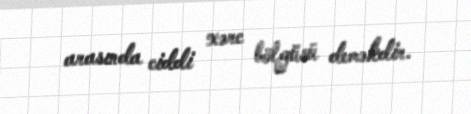
arasında ciddi xərc bölgüsü deməkdir.